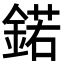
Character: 鍩